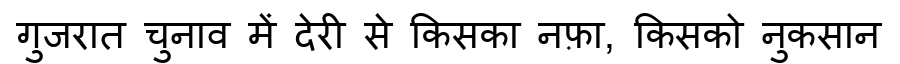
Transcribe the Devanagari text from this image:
गुजरात चुनाव में देरी से किसका नफ़ा, किसको नुकसान